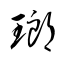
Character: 瑯